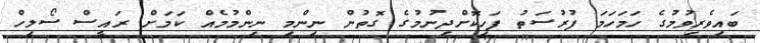
ބައިވެރިވުމުގެ ހަމަހަމަ ފުރުސަތު ފަހިކޮށްދިނުމުގެ ގޮތުން ނިންމި ނިންމުމެއް ކަމަށް ރައީސް ސޯލިހް